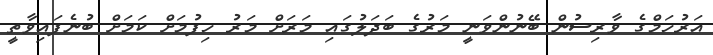
އަރުހަމްގެ ވާރިސުން ބޭނުންވަނީ މަރުގެ ބަދަލުގައި މަރަށް މަރު ހިފުމަށް ކަމަށް ބުނެފައިވާތީ